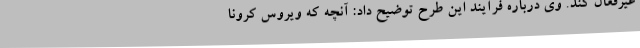
غیرفعال کند. وی درباره فرآیند این طرح توضیح داد: آنچه که ویروس کرونا